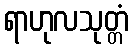
ရာဟုလသုတ္တံ